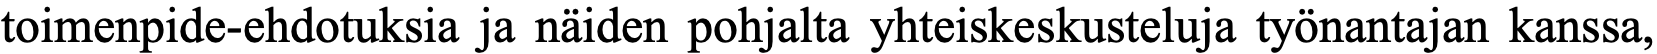
toimenpide-ehdotuksia ja näiden pohjalta yhteiskeskusteluja työnantajan kanssa,